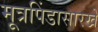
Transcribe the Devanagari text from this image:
मूत्रपिंडासारखे